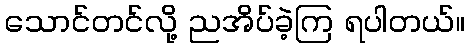
သောင်တင်လို့ ညအိပ်ခဲ့ကြ ရပါတယ်။